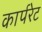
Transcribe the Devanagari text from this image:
कार्परेट